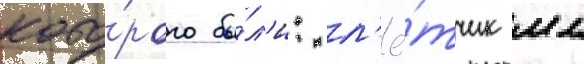
кото́рого бы́л'и: л'ё́тчик мл